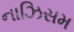
નાઝિસમ